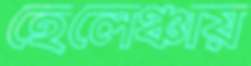
হেলেঞ্চায়